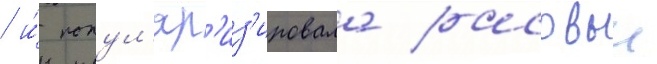
/ и́ попул'яр'из'ировала расовыи